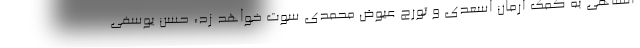
انشاهی به کمک آرمان اسعدی و تورج عیوض محمدی سوت خواهد زد، حسن یوسفی